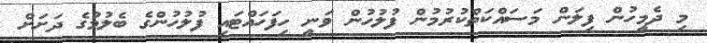
މި ދެމީހުން ފިލަން މަސައްކަތްކުރުމުން ފުލުހުން ވަނީ ހިފަހައްޓައި ފުލުހުންގެ ބެލުމުގެ ދަށަށް